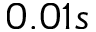
0 . 0 1 s